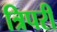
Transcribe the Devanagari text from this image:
त्रिपरी